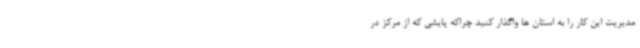
مدیریت این کار را به استان ها واگذار کنید چراکه پایشی که از مرکز در